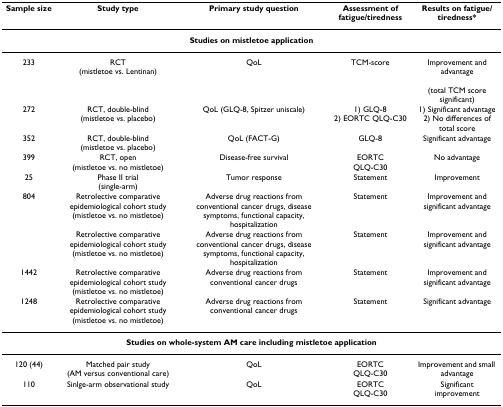
<table><thead><tr><td><b>Sample size</b></td><td><b>Study type</b></td><td><b>Primary study question</b></td><td><b>Assessment of fatigue/tiredness</b></td><td><b>Results on fatigue/tiredness*</b></td></tr></thead><tbody><tr><td colspan="5"><b>Studies on mistletoe application</b></td></tr><tr><td>233</td><td>RCT(mistletoe vs. Lentinan)</td><td>QoL</td><td>TCM-score</td><td>Improvement and advantage(total TCM score significant)</td></tr><tr><td>272</td><td>RCT, double-blind(mistletoe vs. placebo)</td><td>QoL (GLQ-8, Spitzer uniscale)</td><td>1) GLQ-82) EORTC QLQ-C30</td><td>1) Significant advantage2) No differences of total score</td></tr><tr><td>352</td><td>RCT, double-blind(mistletoe vs. placebo)</td><td>QoL (FACT-G)</td><td>GLQ-8</td><td>Significant advantage</td></tr><tr><td>399</td><td>RCT, open(mistletoe vs. no mistletoe)</td><td>Disease-free survival</td><td>EORTCQLQ-C30</td><td>No advantage</td></tr><tr><td>25</td><td>Phase II trial(single-arm)</td><td>Tumor response</td><td>Statement</td><td>Improvement</td></tr><tr><td>804</td><td>Retrolective comparative epidemiological cohort study (mistletoe vs. no mistletoe)</td><td>Adverse drug reactions from conventional cancer drugs, disease symptoms, functional capacity, hospitalization</td><td>Statement</td><td>Improvement and significant advantage</td></tr><tr><td></td><td>Retrolective comparative epidemiological cohort study (mistletoe vs. no mistletoe)</td><td>Adverse drug reactions from conventional cancer drugs, disease symptoms, functional capacity, hospitalization</td><td>Statement</td><td>Improvement and significant advantage</td></tr><tr><td>1442</td><td>Retrolective comparative epidemiological cohort study (mistletoe vs. no mistletoe)</td><td>Adverse drug reactions from conventional cancer drugs</td><td>Statement</td><td>Improvement and significant advantage</td></tr><tr><td>1248</td><td>Retrolective comparative epidemiological cohort study (mistletoe vs. no mistletoe)</td><td>Adverse drug reactions from conventional cancer drugs</td><td>Statement</td><td>Significant advantage</td></tr><tr><td colspan="5"><b>Studies on whole-system AM care including mistletoe application</b></td></tr><tr><td>120 (44)</td><td>Matched pair study (AM versus conventional care)</td><td>QoL</td><td>EORTCQLQ-C30</td><td>Improvement and small advantage</td></tr><tr><td>110</td><td>Sinlge-arm observational study</td><td>QoL</td><td>EORTCQLQ-C30</td><td>Significant improvement</td></tr></tbody></table>